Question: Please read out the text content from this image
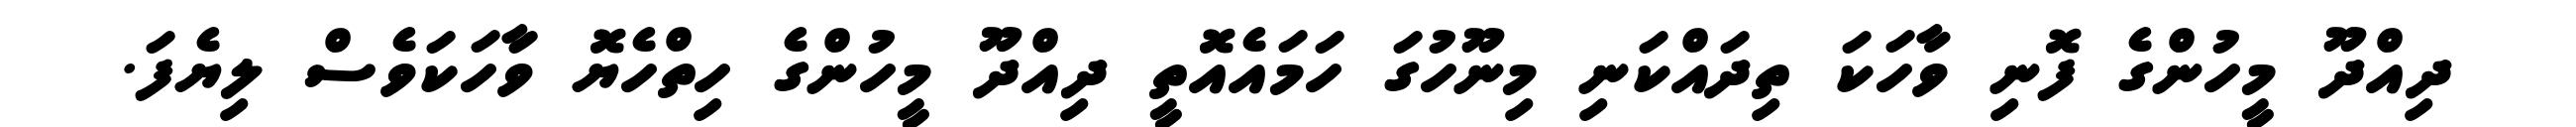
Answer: ދިއްދޫ މީހުންގެ ފޮނި ވާހަކަ ތިދައްކަނި މިނޫހުގަ ހަމައެއޮތީ ދިއްދޫ މީހުންގެ ހިތްހެޔޮ ވާަހަކަވެސް ލިޔެފަ.